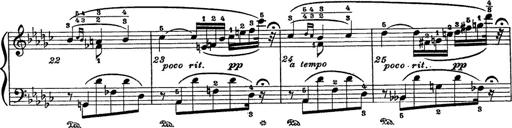
Title: 6 Polish Songs
Composer: Franz Liszt